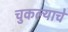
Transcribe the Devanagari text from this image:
चुकल्याचे